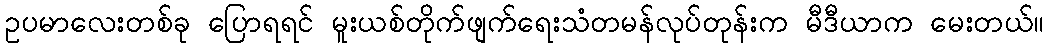
ဥပမာလေးတစ်ခု ပြောရရင် မူးယစ်တိုက်ဖျက်ရေးသံတမန်လုပ်တုန်းက မီဒီယာက မေးတယ်။